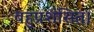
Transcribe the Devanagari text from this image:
बहुप्रशंसित।